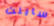
ساينت